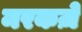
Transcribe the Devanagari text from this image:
मरकज़े